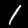
Label: 1